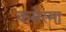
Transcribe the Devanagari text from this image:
कसेरमा